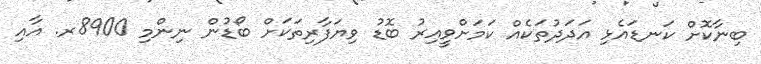
ބިނާކޮށް ކަނޑައެޅި އަދަދުތަކެއް ކަމަށްވީއިރު ބޮޑު ވިޔަފާރިތަކަށް ބޯޑުން ނިންމި 8900ރ. އާއި